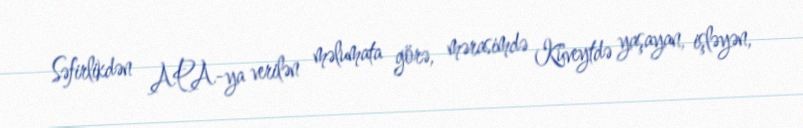
Səfirlikdən APA-ya verilən məlumata görə, mərasimdə Küveytdə yaşayan, işləyən,